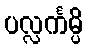
ပလ္လင်္ကမ္ပိ